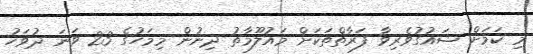
މި ކަމަށް ޝައުގުވެރިވާ ފަރާތްތަކަށް މައުލޫމާތު ދިނުން މިމަހުގެ 23 ވަނަ ދުވަހު